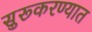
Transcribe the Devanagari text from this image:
सुरूकरण्यात